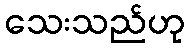
သေးသည်ဟု